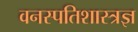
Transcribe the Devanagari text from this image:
वनस्पतिशास्त्रज्ञ